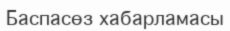
Баспасөз хабарламасы